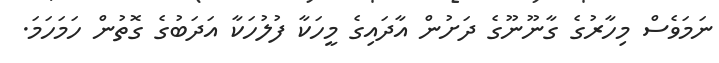
ނަމަވެސް މިހާރުގެ ގާނޫނޫގެ ދަށުން އާދައިގެ މީހަކާ ފުލުހަކާ އަދަބުގެ ގޮތުން ހަމަހަމަ.